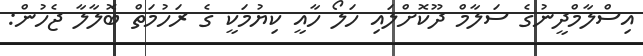
އިސްލާމްދީނުގެ ސަލާމް ދޫކޮށްލައި ހަލޯ ހާއީ ކިޔުމަކީ ގެ ރަހުމަތް ބޮލާލާ ޖެހުން: